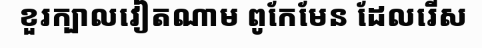
ខួរក្បាលវៀតណាម ពូកែមែន ដែលរើស